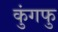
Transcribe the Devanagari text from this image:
कुंगफु